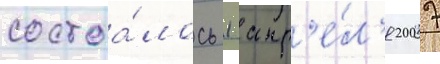
состоа́лось 1 апр'е́л'я 2007